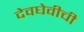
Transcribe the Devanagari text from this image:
देवघेवीची